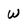
Character: w